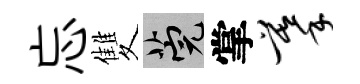
忘雙筦掌摹